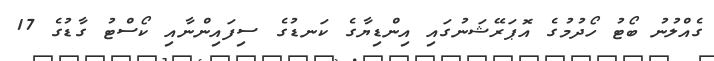
ގެއްލުނު ބޯޓު ހޯދުމުގެ އޮޕަރޭޝަނުގައި އިންޑިޔާގެ ކަނޑުގެ ސިފައިންނާއި ކޯސްޓު ގާޑުގެ 17